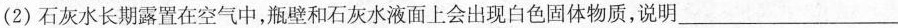
(2)石灰水长期露置在空气中，瓶壁和石灰水液面上会出现白色固体物质，说明___